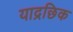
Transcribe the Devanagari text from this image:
याद्रछिक